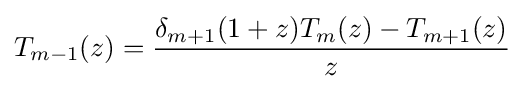
T_{m-1}(z)={\frac {\delta _{m+1}(1+z)T_{m}(z)-T_{m+1}(z)}{z}}